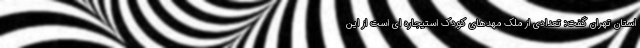
استان تهران گفت: تعدادی از ملک مهدهای کودک استیجاره ای است از این